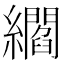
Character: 䌪